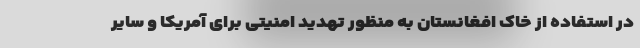
در استفاده از خاک افغانستان به منظور تهدید امنیتی برای آمریکا و سایر